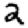
Digit: 2